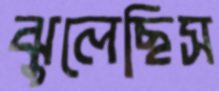
ঝুলেছিস